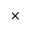
\times